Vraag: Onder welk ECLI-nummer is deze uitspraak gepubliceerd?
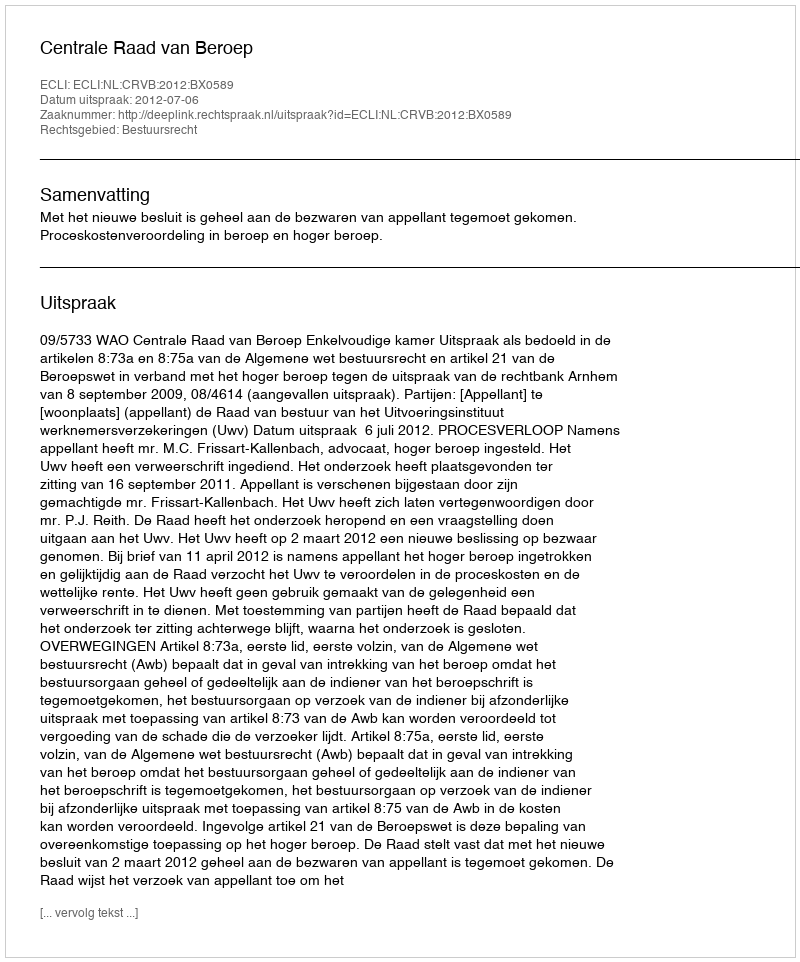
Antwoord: ECLI:NL:CRVB:2012:BX0589